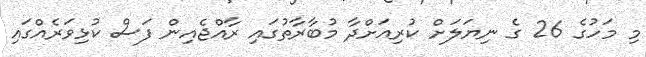
މި މަހުގެ 26 ގެ ނިޔަލަށް ކުރިއަށްދާ މުބާރާތުގައި ރާއްޖެއިން ފަސް ކުޅިވަރެއްގައި